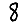
Digit: 8